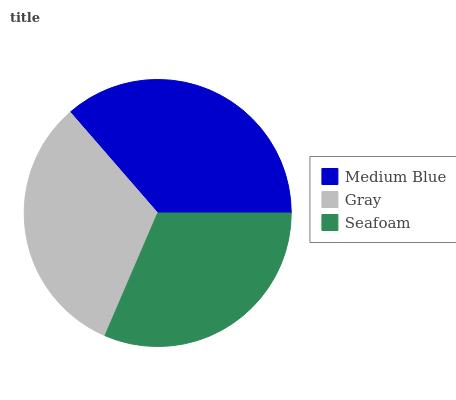
| Medium Blue | Gray | Seafoam |
 | --- | --- | --- |
 | 36.4% | 32.1% | 31.5% |